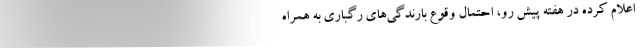
اعلام کرده در هفته پیش رو، احتمال وقوع بارندگی‌های رگباری به همراه